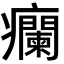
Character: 𬐁